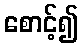
စောင့်၍